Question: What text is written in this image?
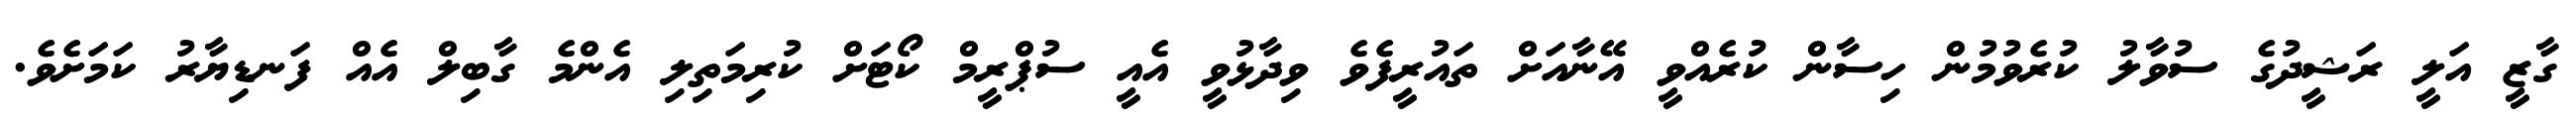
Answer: ގާޒީ އަލީ ރަޝީދުގެ ސުވާލު ކުރެވުމުން ހިސާން ކުރެއްވީ އޭނާއަށް ތައުރީފެވެ ވިދާޅުވީ އެއީ ސުޕްރީމް ކޯޓަށް ކުރިމަތިލި އެންމެ ގާބިލް އެއް ފަނޑިޔާރު ކަމަށެވެ.